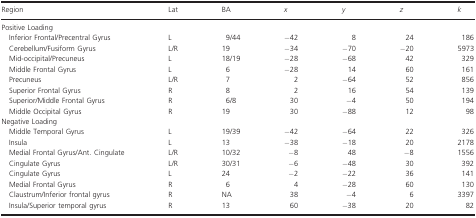
<table><thead><tr><td><b>Region</b></td><td><b>Lat</b></td><td><b>BA</b></td><td><b><i>x</i></b></td><td><b><i>y</i></b></td><td><b><i>z</i></b></td><td><b><i>k</i></b></td></tr></thead><tbody><tr><td colspan="7">Positive Loading</td></tr><tr><td> Inferior Frontal/Precentral Gyrus</td><td>L</td><td>9/44</td><td>−42</td><td>8</td><td>24</td><td>186</td></tr><tr><td> Cerebellum/Fusiform Gyrus</td><td>L/R</td><td>19</td><td>−34</td><td>−70</td><td>−20</td><td>5973</td></tr><tr><td> Mid-occipital/Precuneus</td><td>L</td><td>18/19</td><td>−28</td><td>−68</td><td>42</td><td>329</td></tr><tr><td> Middle Frontal Gyrus</td><td>L</td><td>6</td><td>−28</td><td>14</td><td>60</td><td>161</td></tr><tr><td> Precuneus</td><td>L/R</td><td>7</td><td>2</td><td>−64</td><td>52</td><td>856</td></tr><tr><td> Superior Frontal Gyrus</td><td>R</td><td>8</td><td>2</td><td>16</td><td>54</td><td>139</td></tr><tr><td> Superior/Middle Frontal Gyrus</td><td>R</td><td>6/8</td><td>30</td><td>−4</td><td>50</td><td>194</td></tr><tr><td> Middle Occipital Gyrus</td><td>R</td><td>19</td><td>30</td><td>−88</td><td>12</td><td>98</td></tr><tr><td colspan="7">Negative Loading</td></tr><tr><td> Middle Temporal Gyrus</td><td>L</td><td>19/39</td><td>−42</td><td>−64</td><td>22</td><td>326</td></tr><tr><td> Insula</td><td>L</td><td>13</td><td>−38</td><td>−18</td><td>20</td><td>2178</td></tr><tr><td> Medial Frontal Gyrus/Ant. Cingulate</td><td>L/R</td><td>10/32</td><td>−8</td><td>48</td><td>−8</td><td>1556</td></tr><tr><td> Cingulate Gyrus</td><td>L/R</td><td>30/31</td><td>−6</td><td>−48</td><td>30</td><td>392</td></tr><tr><td> Cingulate Gyrus</td><td>L</td><td>24</td><td>−2</td><td>−22</td><td>36</td><td>141</td></tr><tr><td> Medial Frontal Gyrus</td><td>R</td><td>6</td><td>4</td><td>−28</td><td>60</td><td>130</td></tr><tr><td> Claustrum/Inferior frontal gyrus</td><td>R</td><td>NA</td><td>38</td><td>−4</td><td>6</td><td>3397</td></tr><tr><td> Insula/Superior temporal gyrus</td><td>R</td><td>13</td><td>60</td><td>−38</td><td>20</td><td>82</td></tr></tbody></table>